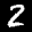
Label: 2